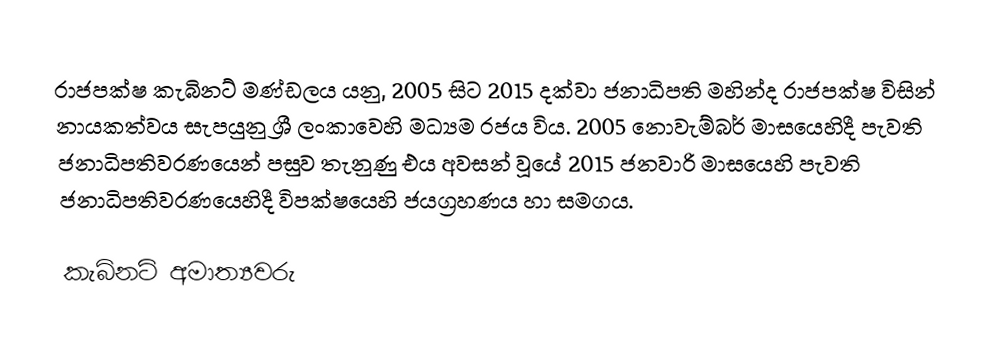
රාජපක්ෂ කැබිනට් මණ්ඩලය යනු,  2005 සිට 2015 දක්වා ජනාධිපති මහින්ද රාජපක්ෂ විසින් නායකත්වය සැපයුනු  ශ්‍රී ලංකාවෙහි මධ්‍යම රජය විය. 2005 නොවැම්බර් මාසයෙහිදී පැවති  ජනාධිපතිවරණයෙන් පසුව තැනුණු එය අවසන් වූයේ 2015 ජනවාරි මාසයෙහි පැවති ජනාධිපතිවරණයෙහිදී විපක්ෂයෙහි ජයග්‍රහණය හා සමගය.

කැබිනට් අමාත්‍යවරු